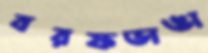
বরফভাঙা